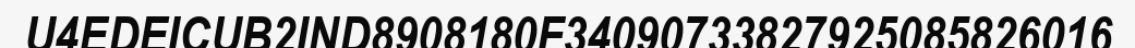
U4EDEICUB2IND8908180F34090733827925085826016